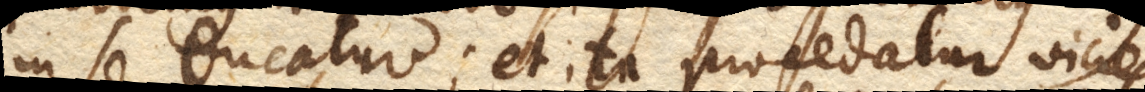
in se ducatur; et ita procedatur vicies